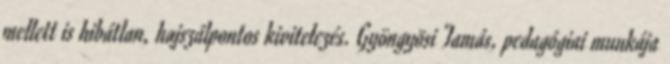
mellett is hibátlan, hajszálpontos kivitelezés. Gyöngyösi Tamás, pedagógiai munkája